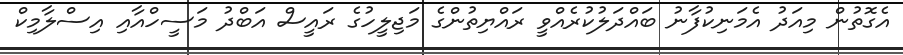
އެގޮތުން މިއަދު އެމަނިކުފާނު ބައްދަލުކުރެއްވީ ރައްޔިތުންގެ މަޖިލީހުގެ ރައީސް އަބްދު މަސީހްއާއި އިސްލާމިކް